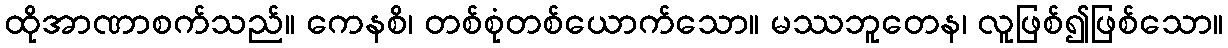
ထိုအာဏာစက်သည်။ ကေနစိ၊ တစ်စုံတစ်ယောက်သော။ မဿဘူတေန၊ လူဖြစ်၍ဖြစ်သော။